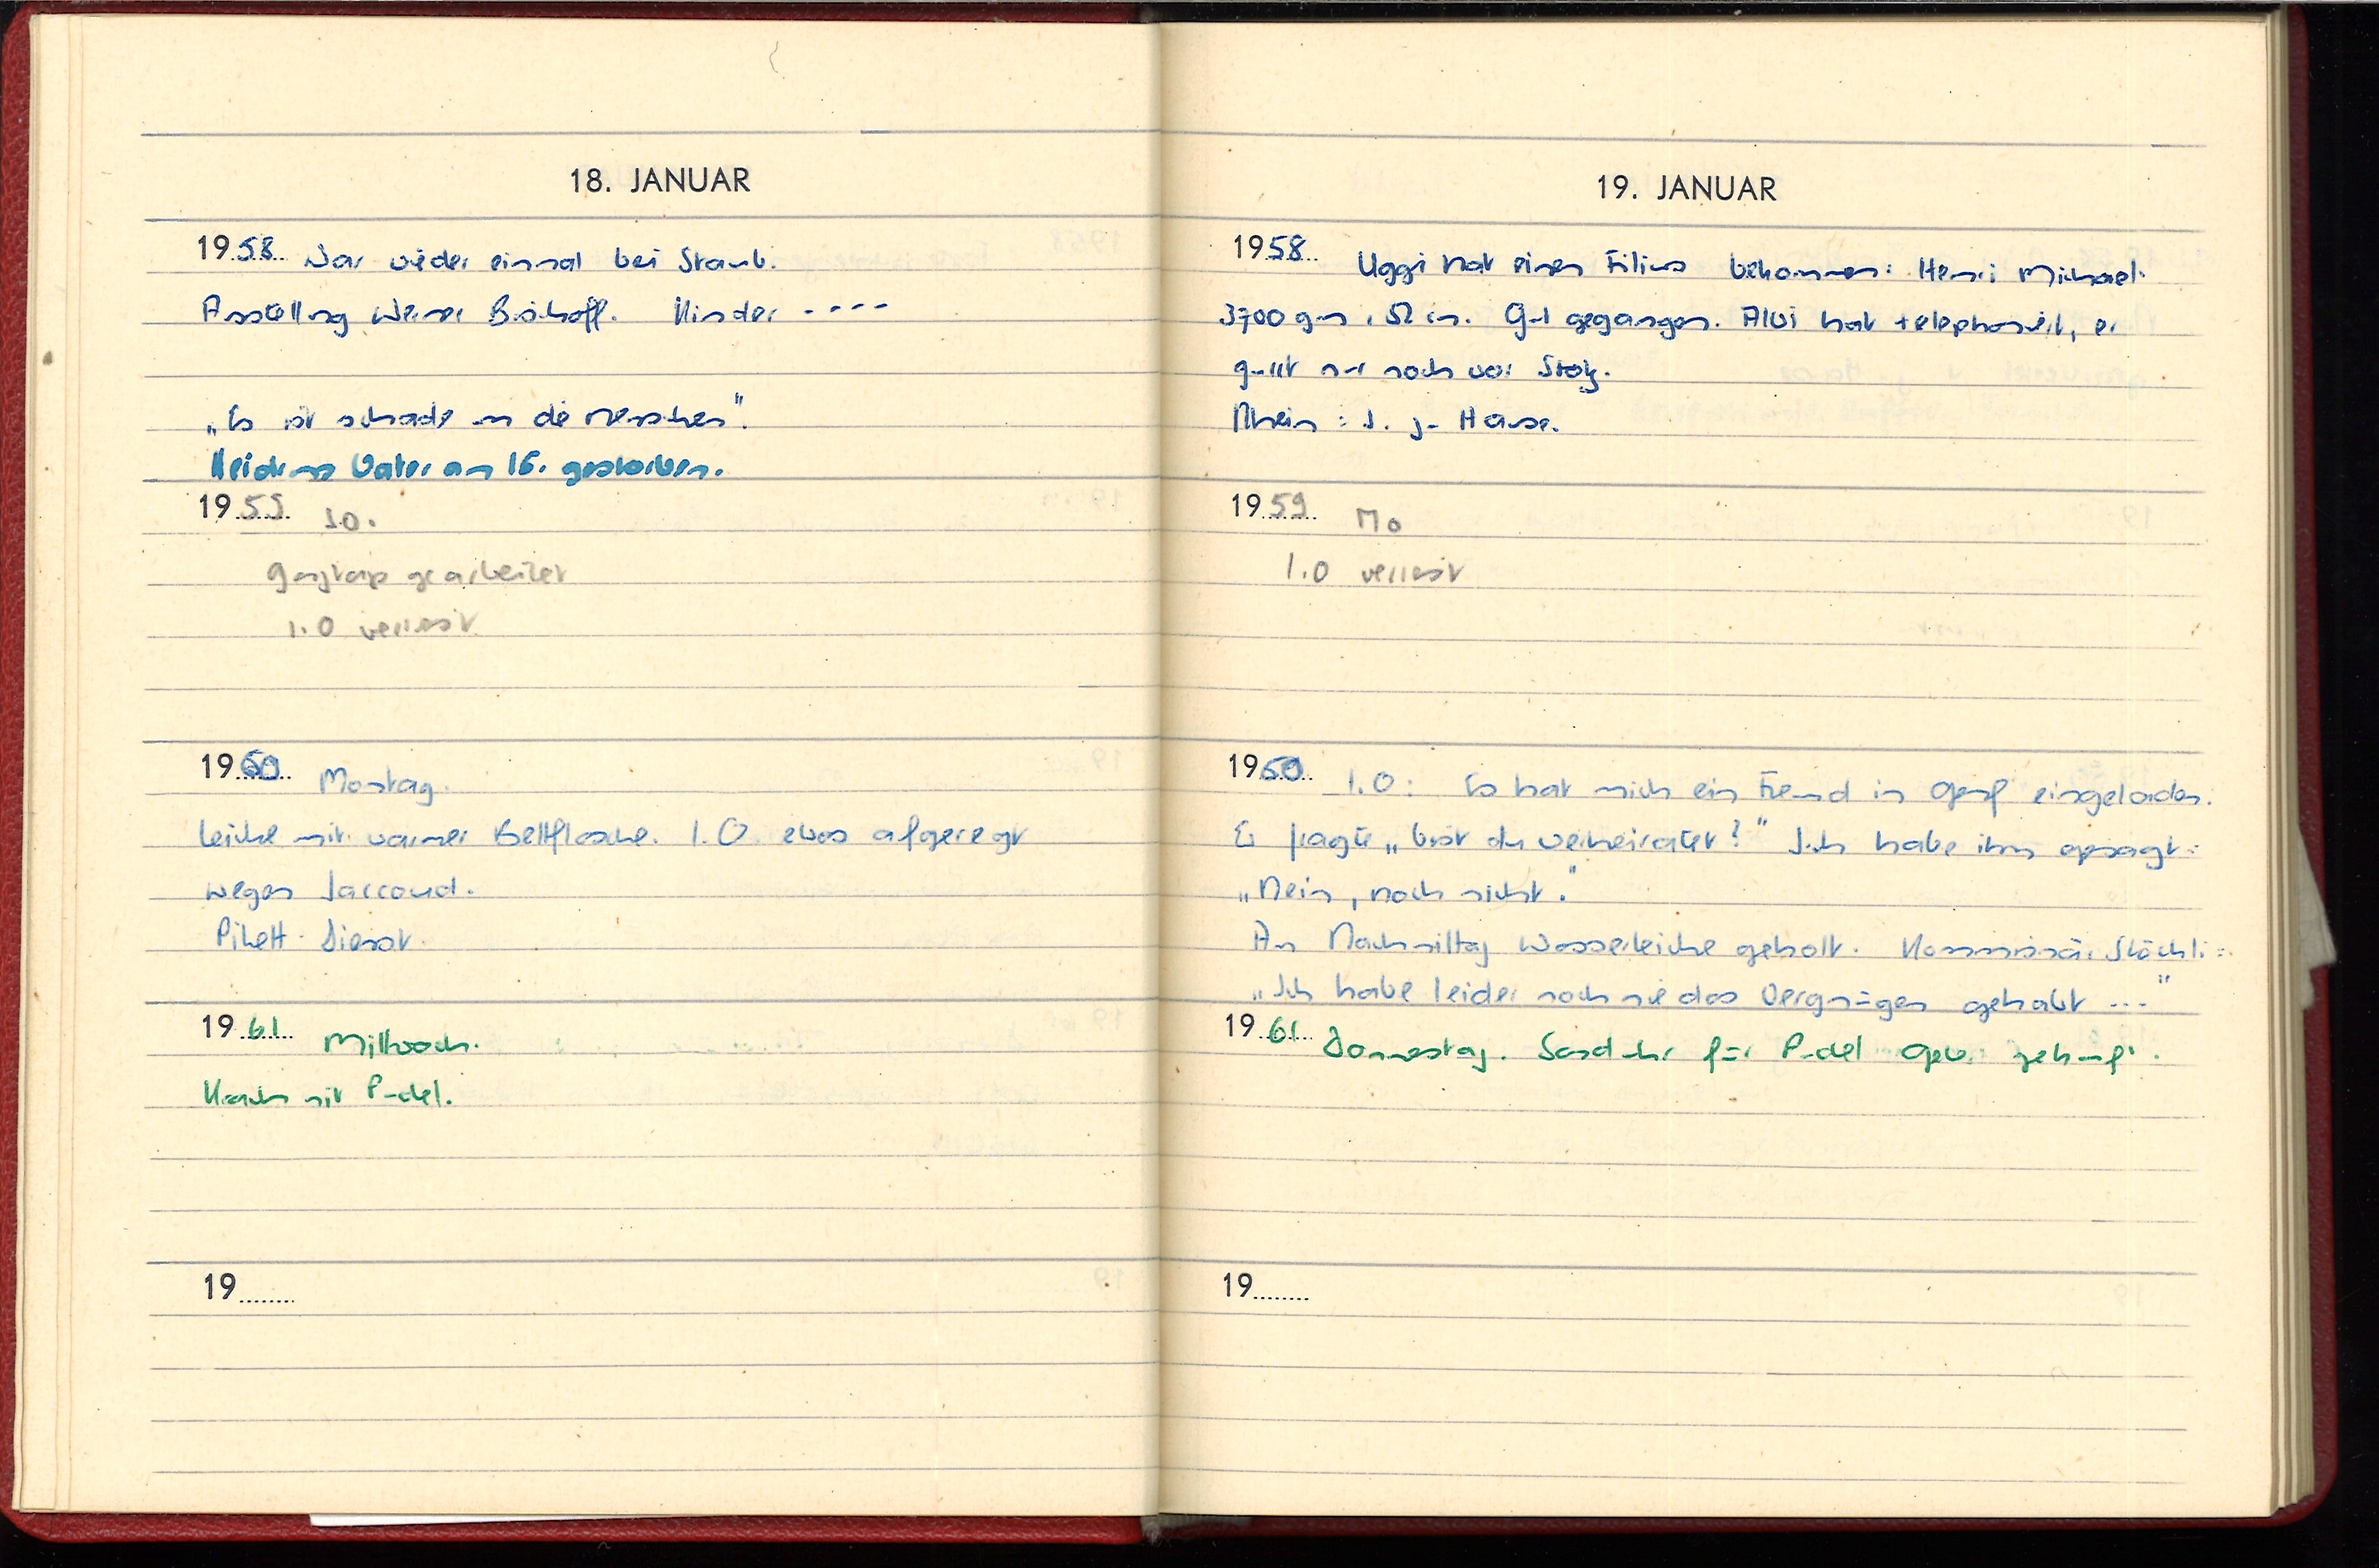
18. JANUAR
1958 War wieder einmal bei Straub.
Ausstellung Werner Bischoff. Kinder ....
„Es ist schade um die Menschen“.
Heidruns Vater am 16. gestorben
1959 So.
ganztags gearbeitet.
I. O. verreist
1960 Montag
Leiche mit warmer Bettflasche. I.O. etwas aufgeregt.
wegen Jaccoud.
Pikett-Dienst.
1961 Mittwoch.
Krach mit Pudel.
19

19. JANUAR
1958 Uggi hat einen Filius bekommen: Henri Michael.
3700 gm, 52 cm. Gut gegangen. Alvi hat telephoniert. er
gurrt nur noch vor Stolz.
RheinL K. zu Hause.
1959 Mo
I.O. verreist.
1960 I.O.: Es hat mich ein Freund in Genf eingeladen.
Er fragte „bist du verheiratet?“ Ich habe ihm gesagt
„Nein, noch nicht.“
Am Nachmittag Wasserleiche geholt. Kommissär Stöckli
„Ich habe leider noch nie das Vergnügen gehabt ...“
1961 Donnerstag. Sanduhr für Pudel Geb. gekauft.
19